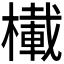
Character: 𪳾